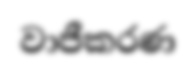
වාජීකරණ